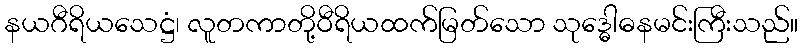
နယဂီရိယသေဋ္ဌံ၊ လူတကာတို့ဝီရိယထက်မြတ်သော သုဒ္ဓေါဓနမင်းကြီးသည်။